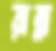
রান্না